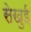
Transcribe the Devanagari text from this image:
सेखुई